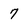
Character: 7